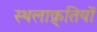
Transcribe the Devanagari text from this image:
स्थलाक्र्तियों